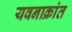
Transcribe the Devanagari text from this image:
यवनाक्रांत